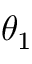
\theta _ { 1 }